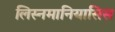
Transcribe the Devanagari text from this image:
लिस्नमानियासिस